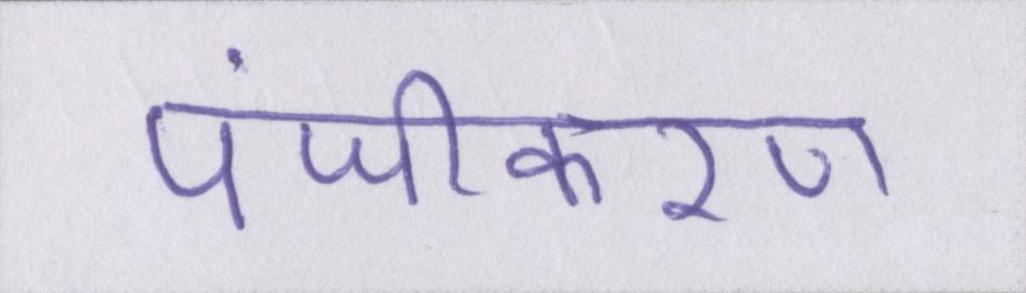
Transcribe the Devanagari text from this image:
पंजीकरण